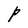
Character: P